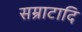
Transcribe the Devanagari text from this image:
सम्राटादि